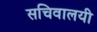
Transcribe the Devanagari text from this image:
सचिवालयी